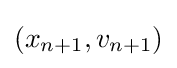
(x_{n+1},v_{n+1})